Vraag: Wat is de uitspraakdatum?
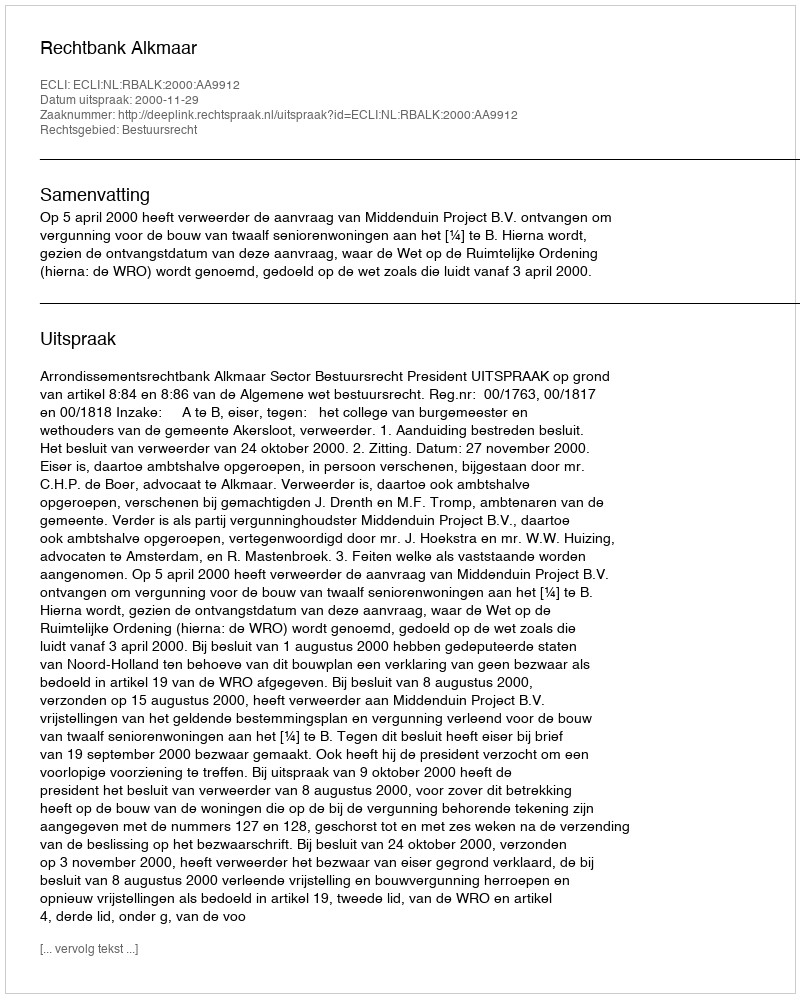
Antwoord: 2000-11-29